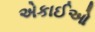
એકાઈઓ